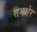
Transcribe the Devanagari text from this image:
समसेर